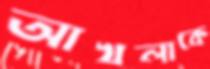
আখলাকে